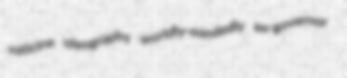
vaticine oleography worldly-mindedly ex-governor